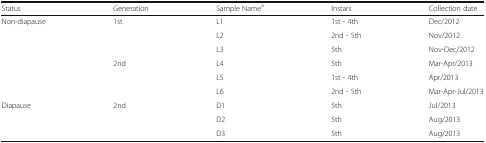
<table><thead><tr><td><b>Status</b></td><td><b>Generation</b></td><td><b>Sample Name<sup>a</sup></b></td><td><b>Instars</b></td><td><b>Collection date</b></td></tr></thead><tbody><tr><td rowspan="6">Non-diapause</td><td rowspan="3">1st</td><td>L1</td><td>1st - 4th</td><td>Dec/2012</td></tr><tr><td>L2</td><td>2nd - 5th</td><td>Nov/2012</td></tr><tr><td>L3</td><td>5th</td><td>Nov-Dec/2012</td></tr><tr><td rowspan="3">2nd</td><td>L4</td><td>5th</td><td>Mar-Apr/2013</td></tr><tr><td>L5</td><td>1st - 4th</td><td>Apr/2013</td></tr><tr><td>L6</td><td>2nd - 5th</td><td>Mar-Apr-Jul/2013</td></tr><tr><td rowspan="3">Diapause</td><td rowspan="3">2nd</td><td>D1</td><td>5th</td><td>Jul/2013</td></tr><tr><td>D2</td><td>5th</td><td>Aug/2013</td></tr><tr><td>D3</td><td>5th</td><td>Aug/2013</td></tr></tbody></table>